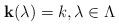
LaTeX: \begin{align*}\mathbf{k}(\lambda) = k, \lambda \in \Lambda\end{align*}